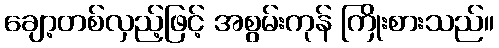
ချော့တစ်လှည့်ဖြင့် အစွမ်းကုန် ကြိုးစားသည်။